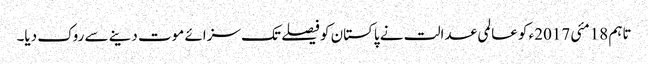
تاہم 18مئی 2017ء کو عالمی عدالت نے پاکستان کو فیصلے تک سزائے موت دینے سے روک دیا۔